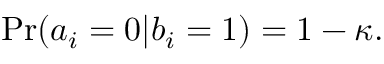
\mathrm { P r } ( a _ { i } = 0 | b _ { i } = 1 ) = 1 - \kappa .